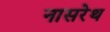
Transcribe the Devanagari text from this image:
नासरेथ